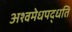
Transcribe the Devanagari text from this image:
अश्वमेधपद्धति